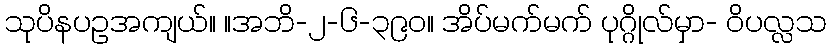
သုပိနပဥအကျယ်။ ။အဘိ-၂-၆-၃၉၀။ အိပ်မက်မက် ပုဂ္ဂိုလ်မှာ- ဝိပလ္လသ